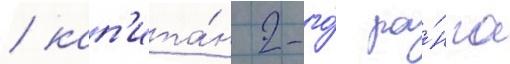
/ кап'ита́н 2-го́ ра́нга